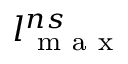
l _ { \mathrm { ~ m ~ a ~ x ~ } } ^ { n s }